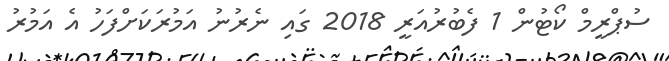
ސުޕްރީމް ކޯޓުން 1 ފެބުރުއަރީ 2018 ގައި ނެރުނު އަމުރަކަށްފަހު އެ އަމުރު